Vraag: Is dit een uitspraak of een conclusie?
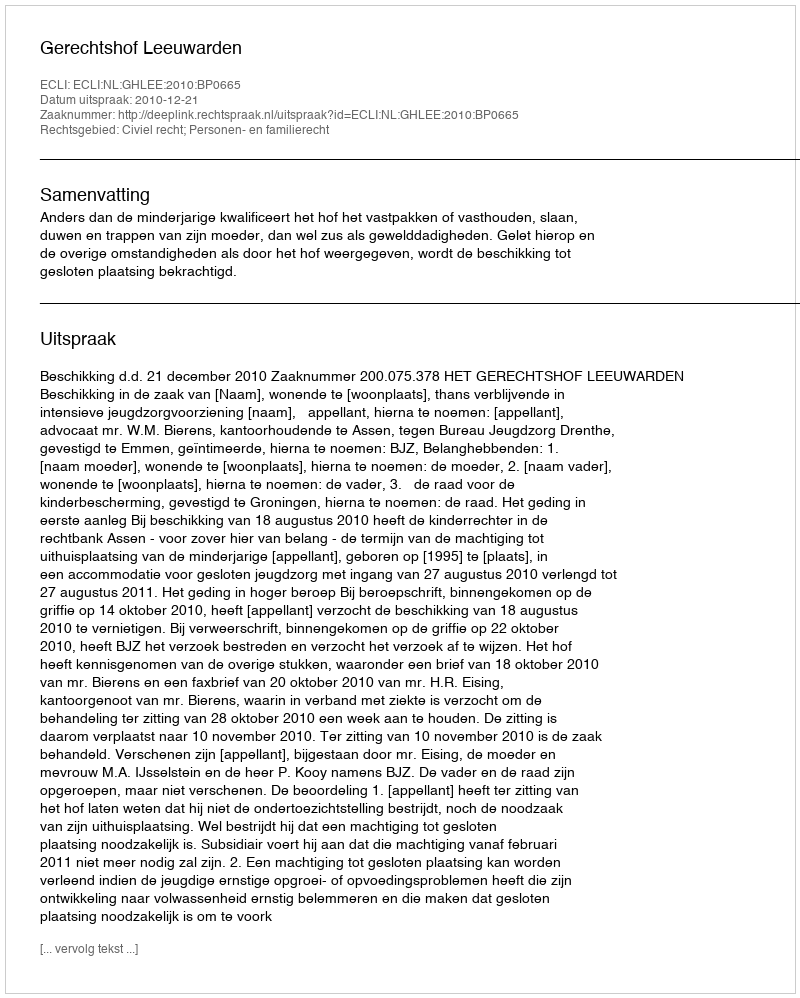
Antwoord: Uitspraak